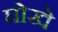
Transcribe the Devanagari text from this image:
घोखे